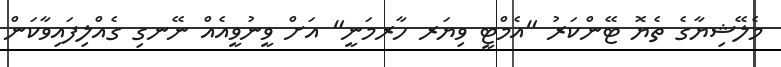
މެލޭޝިޔާގެ ތެޔޮ ޓޭންކަރު "އެމްޓީ ވިޔަރ ހާރމަނީ" އަށް ވީނުވީއެއް ނޭނގި ގެއްލިފައިވާކަން